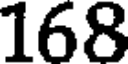
168